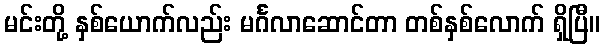
မင်းတို့ နှစ်ယောက်လည်း မင်္ဂလာဆောင်တာ တစ်နှစ်လောက် ရှိပြီ။